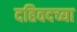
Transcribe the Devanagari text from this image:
दहिवदच्या